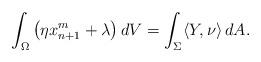
LaTeX: \begin{align*}\int_\Omega \left(\eta x_{n+1}^m+\lambda\right)dV = \int_\Sigma\langle Y,\nu\rangle\,dA.\end{align*}